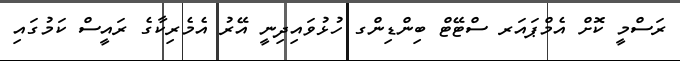
ރަސްމީ ކޮށް އެމްޕައަރ ސްޓޭޓް ބިންޑިންގ ހުޅުވައިދިނީ އޭރު އެމެރިކާގެ ރައީސް ކަމުގައި